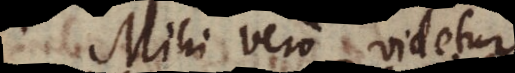
Mihi vero videtur